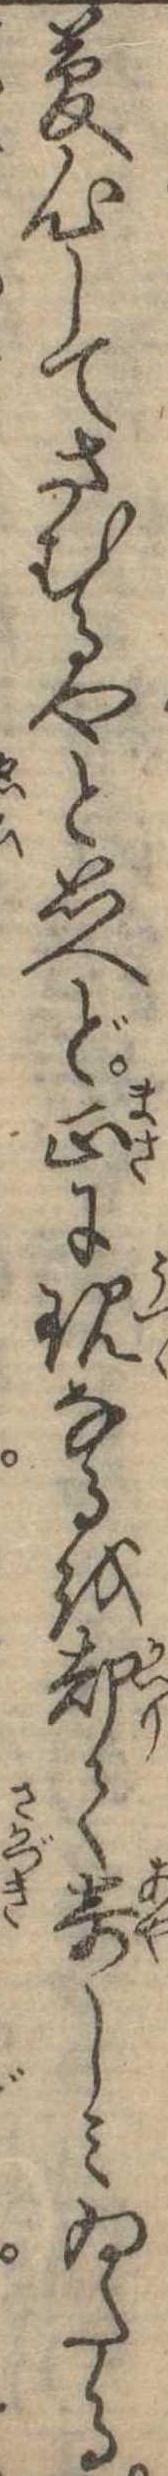
夢心してさむるやと思へど正に現なるを却て奇しみゐたる